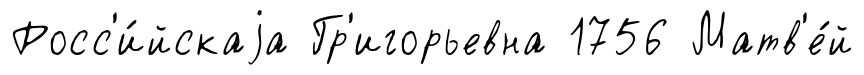
Росс'и́йскаjа Гр'игорьевна 1756 Матв'е́й